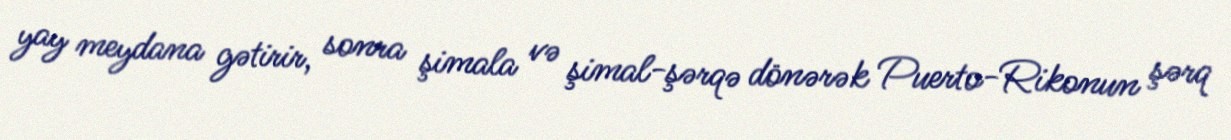
yay meydana gətirir, sonra şimala və şimal-şərqə dönərək Puerto-Rikonun şərq